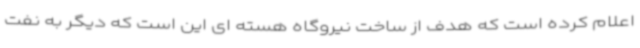
اعلام کرده است که هدف از ساخت نیروگاه هسته ای این است که دیگر به نفت